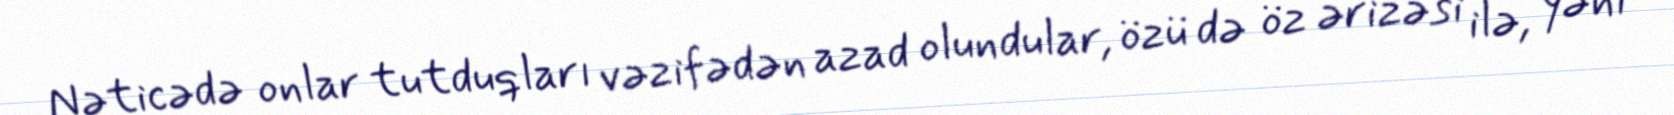
Nəticədə onlar tutduqları vəzifədən azad olundular, özü də öz ərizəsi ilə, yəni